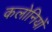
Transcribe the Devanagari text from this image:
कलोनियों